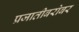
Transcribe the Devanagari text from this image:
प्रजातीबरोबर